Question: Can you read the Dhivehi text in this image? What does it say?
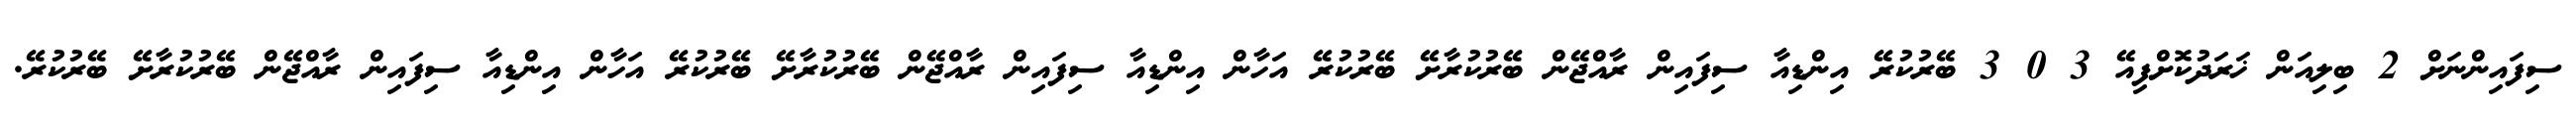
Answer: ސިފައިންނަށް 2 ބިލިއަން ޚަރަދުކޮށްފިއޭ 3 0 3 ބޭރުކުރޭ އިންޑިއާ ސިފައިން ރާއްޖޭން ބޭރުކުރާށޭ ބޭރުކުރޭ އަހާން އިންޑިއާ ސިފައިން ރާއްޖޭން ބޭރުކުރާށޭ ބޭރުކުރޭ އަހާން އިންޑިއާ ސިފައިން ރާއްޖޭން ބޭރުކުރާށޭ ބޭރުކުރޭ.